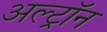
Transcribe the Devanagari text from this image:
अल्ट्राॅन